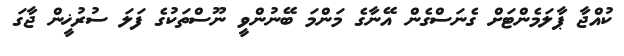
ކުއްޖާ ޕާލަމެންޓަށް ގެނަސްގެން އޭނާގެ މަންމަ ބޭނުންވީ ނޫސްތަކުގެ ފަލަ ސުރުޚީން ޖާގަ